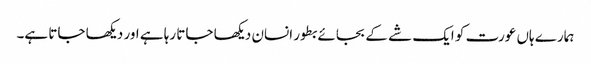
ہمارے ہاں عورت کو ایک شے کے بجائے بطور انسان دیکھا جاتا رہا ہے اور دیکھا جاتا ہے۔